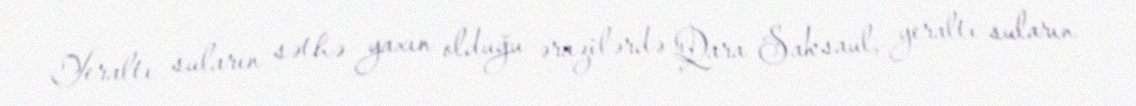
Yeraltı suların səthə yaxın olduğu ərazilərdə Qara Saksaul, yeraltı suların